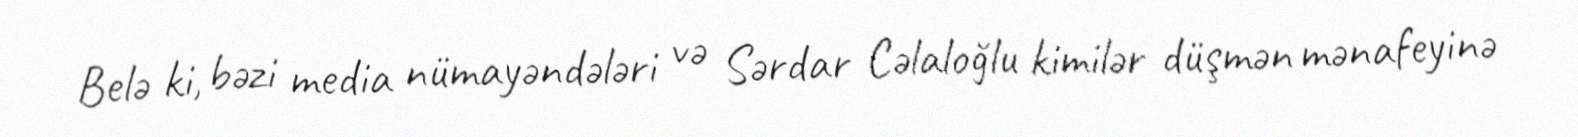
Belə ki, bəzi media nümayəndələri və Sərdar Cəlaloğlu kimilər düşmən mənafeyinə